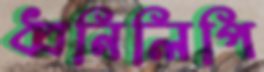
ধ্বনিলিপি